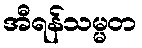
အီရန်သမ္မတ